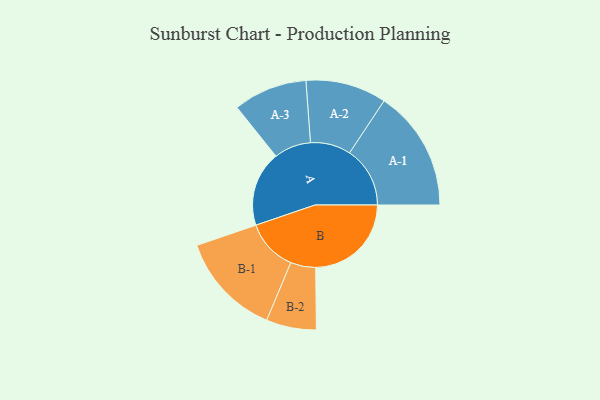
{"axis": {"x": "Segment", "y": "Value"}, "legend": ["", "A", "B"], "data": [{"x": "A", "y": 348, "type": ""}, {"x": "B", "y": 443, "type": ""}, {"x": "A-1", "y": 280, "type": "A"}, {"x": "A-2", "y": 187, "type": "A"}, {"x": "A-3", "y": 171, "type": "A"}, {"x": "B-1", "y": 240, "type": "B"}, {"x": "B-2", "y": 116, "type": "B"}]}